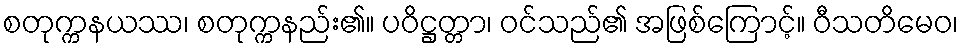
စတုက္ကနယဿ၊ စတုက္ကနည်း၏။ ပဝိဋ္ဌတ္တာ၊ ဝင်သည်၏ အဖြစ်ကြောင့်။ ဝီသတိမေဝ၊